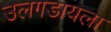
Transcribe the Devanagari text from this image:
उलगडायला